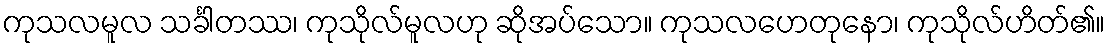
ကုသလမူလ သင်္ခါတဿ၊ ကုသိုလ်မူလဟု ဆိုအပ်သော။ ကုသလဟေတုနော၊ ကုသိုလ်ဟိတ်၏။